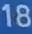
18